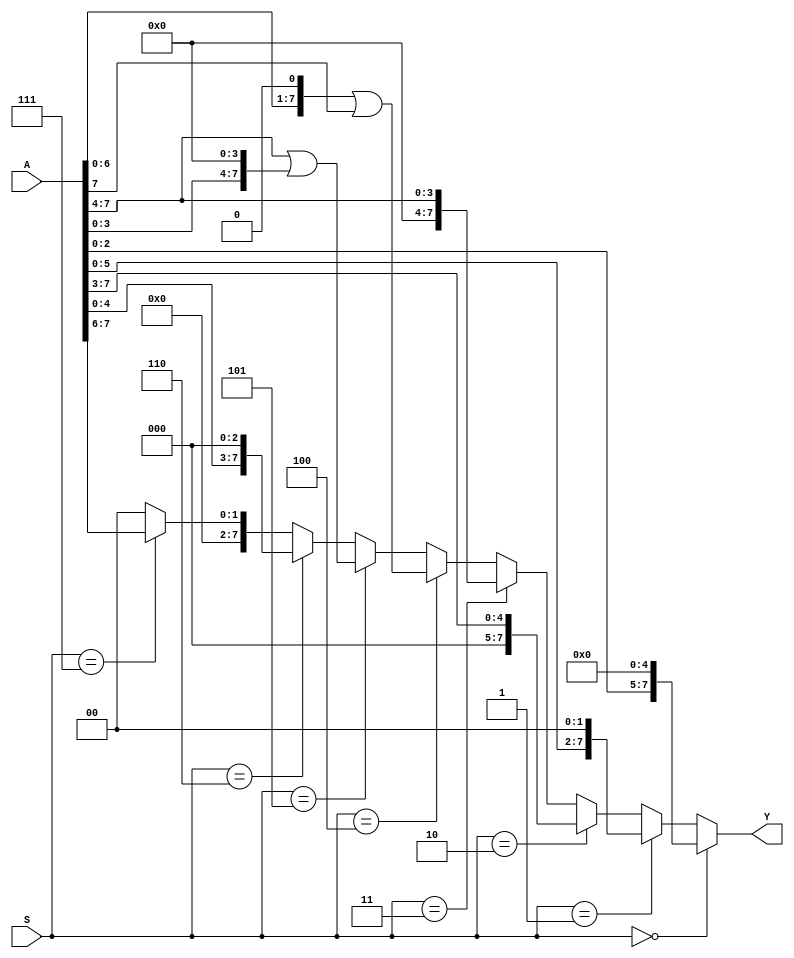
`timescale 1ns / 1ps
//////////////////////////////////////////////////////////////////////////////////
// Company: 
// Engineer: 
// 
// Design Name: 
// Module Name: Barrel_Shifter
// Project Name: 
// Target Devices: 
// Tool Versions: 
// Description: 
// 
// Dependencies: 
// 
// Revision:
// Revision 0.01 - File Created
// Additional Comments:
// 
//////////////////////////////////////////////////////////////////////////////////


module Barrel_Shifter(
input [2:0] S,
input [7:0] A,
output [7:0] Y
);

assign Y = (S==3'b000) ? A<<5 :
           (S==3'b001) ? A<<2 :
           (S==3'b010) ? A>>3 :
           (S==3'b011) ? A>>4 :
           (S==3'b100) ? (A<<1)|(A>>(8-1)) :
           (S==3'b101) ? (A>>4)|(A<<(8-4)) :
           (S==3'b110) ? (A<<<3) :
           (S==3'b111) ? (A>>>6) :
           0;

endmodule